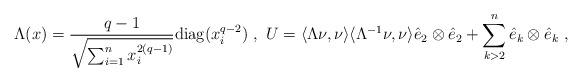
LaTeX: \begin{align*}\Lambda(x) = \frac{q-1}{\sqrt{\sum_{i=1}^n x^{2(q-1)}_i}}{\rm{diag}}(x^{q-2}_i) ~,~ U = \langle \Lambda \nu, \nu \rangle \langle \Lambda^{-1} \nu, \nu \rangle \hat{e}_2 \otimes \hat{e}_2 + \sum_{k >2}^n \hat{e}_k \otimes \hat{e}_k ~ ,\end{align*}